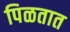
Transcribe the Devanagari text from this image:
पिळतात